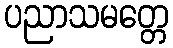
ပညာသမတ္တေ